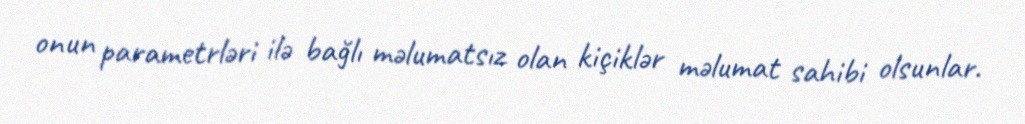
onun parametrləri ilə bağlı məlumatsız olan kiçiklər məlumat sahibi olsunlar.